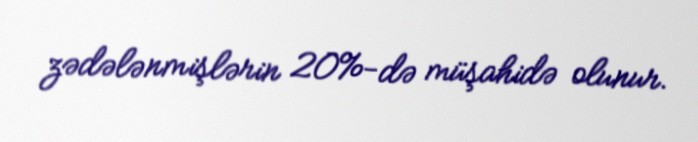
zədələnmişlərin 20%-də müşahidə olunur.